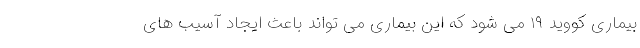
بیماری کووید ۱۹ می شود که این بیماری می تواند باعث ایجاد آسیب های